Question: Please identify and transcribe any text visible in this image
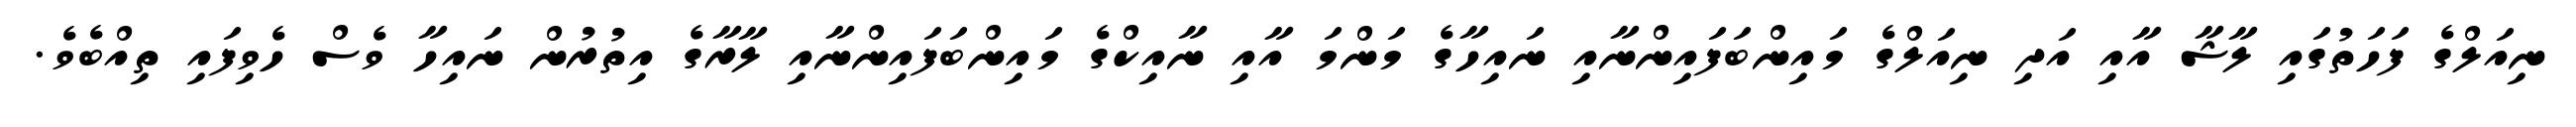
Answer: ނިއަލްގެ ފަހަތުގައި ލާޝާ އާއި އަދި ނިއަލްގެ މައިންބަފައިންނާއި ނައިހާގެ މަންމަ އާއި ނާއިކްގެ މައިންބަފައިންނާއި ލާރާގެ އިތުރުން ނައިހާ ވެސް ހެވިފައި ތިއްބެވެ.